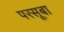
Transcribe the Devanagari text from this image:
परसूबा